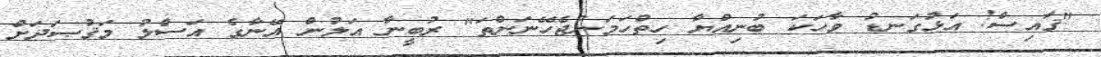
"ޤައިސް! އަޅުގަނޑު ވާހަކަ ބުނިއްޔާ ހިތްހަމަނުޖެހޭނަންތަ" ރުބީނާ އަލުން އޭނާގެ އަސްލު މަޤުޞަދަށް